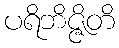
ပရိဘိဇ္ဇိတိ